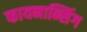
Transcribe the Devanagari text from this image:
फायनान्सिंग